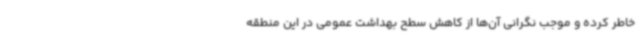
خاطر کرده و موجب نگرانی آن‌ها از کاهش سطح بهداشت عمومی در این منطقه